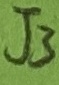
Text: J3